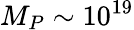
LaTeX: M_{P}\sim 10^{19}